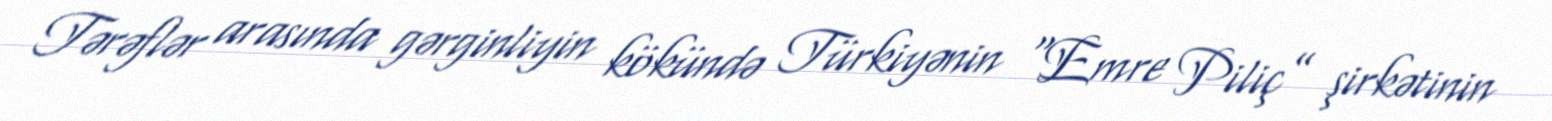
Tərəflər arasında gərginliyin kökündə Türkiyənin “Emre Piliç” şirkətinin